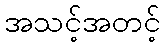
အသင့်အတင့်